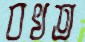
বখত